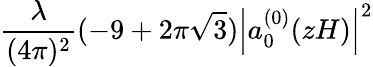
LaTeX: \frac{\lambda}{(4\pi)^{2}}(-9+2\pi\sqrt{3})\left|a_{0}^{(0)}(zH)\right|^{2}